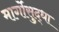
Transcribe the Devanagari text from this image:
मार्गोसुद्धा